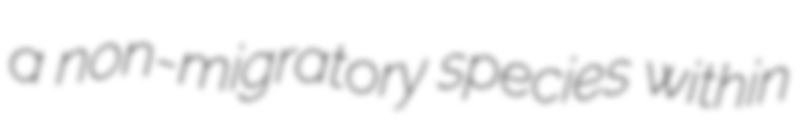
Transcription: a non-migratory species within